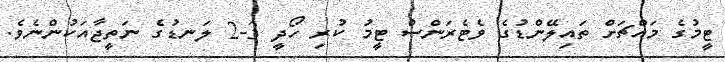
ޓީމުގެ މައްޗަށް ތައިލޭންޑުގެ ވެޓެރަންސް ޓީމު ކުރި ހޯދީ 3-2 ލަނޑުގެ ނަތީޖާއަކުންނެވެ.